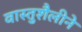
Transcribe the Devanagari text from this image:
वास्तुशैलीने